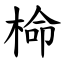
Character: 椧